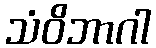
သံဝိဘာဂါ